Annual report of the Imperial Bacteriologist
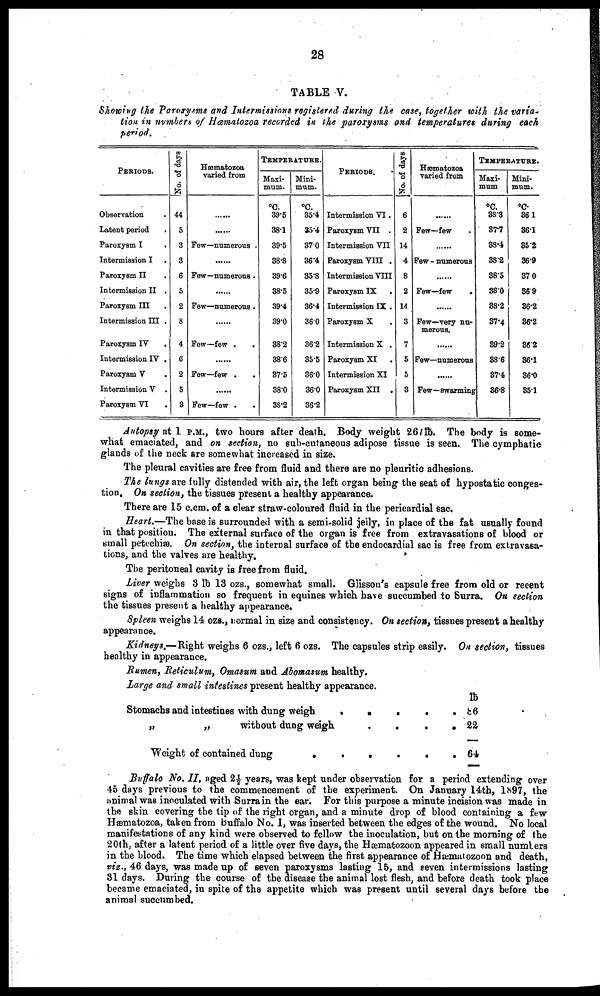
28
TABLE V.
Showing the Paroxysms and Intermissions registered during the case, together with the varia-
tion in numbers of Hæmatozoa recorded in the paroxysms and temperatures during each
period.
PERIODS.
Observation .
Latent period .
Paroxysm I
.
Intermission I .
Paroxysm II .
Intermission II .
Paroxysm III .
Intermission III .
Paroxysm IV
.
Intermission IV .
Paroxysm V
.
Intermission V .
Paroxysm VI .
No. of days
44
5
3
3
6
5
2
8
4
6
2
5
3
Hæmatozoa
varied from
......
......
Few—numerous .
......
Few—numerous.
......
Few—numerous.
......
Few—few .
.
......
Few—few .
.
......
Few—few .
TEMPERATURE.
Maxi-
mum.
°C.
39.5
38.1
39.5
38.8
39.6
38.5
39.4
39.0
38.2
38.6
37.5
38.0
38.2
Mini-
mum.
°C.
35.4
35.4
37.0
36.4
35.8
35.9
36.4
36.0
36.2
35.5
36.0
36.0
36.2
PERIODS.
Intermission VI.
Paroxysm VII .
Intermission VII
Paroxysm VIII .
Intermission VIII
Paroxysm IX .
Intermission IX .
Paroxysm X .
Intermission X .
Paroxysm XI
.
Intermission XI
Paroxysm XII .
No. of days
6
2
14
4
8
2
14
3
7
5
5
3
Hæmatozoa
varied from
......
Few—few
......
Few—numerous
......
Few—few
......
Few—very nu-
merous.
......
Few—numerous
......
Few—swarming
......
TEMPERATURE.
Maxi-
mum
°C.
38.3
37.7
38.4
38.2
38.5
38.0
38.2
37.4
39.2
38.6
37.4
36.8
Mini-
mum.
°C.
36.1
36.1
35.2
36.9
37.0
36.9
36.2
36.2
36.2
36.1
36.0
35.1
Autopsy at 1 P.M., two hours after death. Body weight 26 lb. The body is some-
what emaciated, and on section, no sub-cutaneous adipose tissue is seen. The cymphatic
glands of the neck are somewhat increased in size.
The pleural cavities are free from fluid and there are no pleuritic adhesions.
The lungs are fully distended with air, the left organ being the seat of hypostatic conges-
tion. On section, the tissues present a healthy appearance.
There are 15 c.cm. of a clear straw-coloured fluid in the pericardial sac.
Heart.—The base is surrounded with a semi-solid jelly, in place of the fat usually found
in that position. The external surface of the organ is free from extravasations of blood or
small petechiæ. On section, the internal surface of the endocardial sac is free from extravasa-
tions, and the valves are healthy.
The peritoneal cavity is free from fluid.
Liver weighs 3 lb 13 ozs., somewhat small. Glisson's capsule free from old or recent
signs of inflammation so frequent in equines which have succumbed to Surra. On section
the tissues present a healthy appearance.
Spleen weighs 14 ozs., normal in size and consistency. On section, tissues present a healthy
appearance.
Kidneys.—Right weighs 6 ozs., left 6 ozs. The capsules strip easily. On section, tissues
healthy in appearance.
Rumen, Reticulum, Omasum and Abomasum healthy.
Large and small intestines present healthy appearance.
Stomachs and intestines with dung weigh
„
„
without dung weigh
Weight of contained dung
•
•
•
•
•
•
•
•
•
•
•
•
•
•
•
•
lb
86
22
64
Buffalo No. II, aged 2½ years, was kept under observation for a period extending over
45 days previous to the commencement of the experiment. On January 14th, 1897, the
animal was inoculated with Surra in the ear. For this purpose a minute incision was made in
the skin covering the tip of the right organ, and a minute drop of blood containing a few
Hæmatozoa, taken from Buffalo No. I, was inserted between the edges of the wound. No local
manifestations of any kind were observed to follow the inoculation, but on the morning of the
20th, after a latent period of a little over five days, the Hæmatozoon appeared in small numbers
in the blood. The time which elapsed between the first appearance of Hæmatozoon and death,
viz., 46 days, was made up of seven paroxysms lasting 15, and seven intermissions lasting
31 days. During the course of the disease the animal lost flesh, and before death took place
became emaciated, in spite of the appetite which was present until several days before the
animal succumbed.